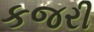
કજરી